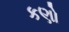
કણો